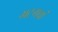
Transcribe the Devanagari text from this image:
भटगवां